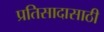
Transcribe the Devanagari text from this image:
प्रतिसादासाठी